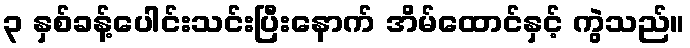
၃ နှစ်ခန့်ပေါင်းသင်းပြီးနောက် အိမ်ထောင်နှင့် ကွဲသည်။